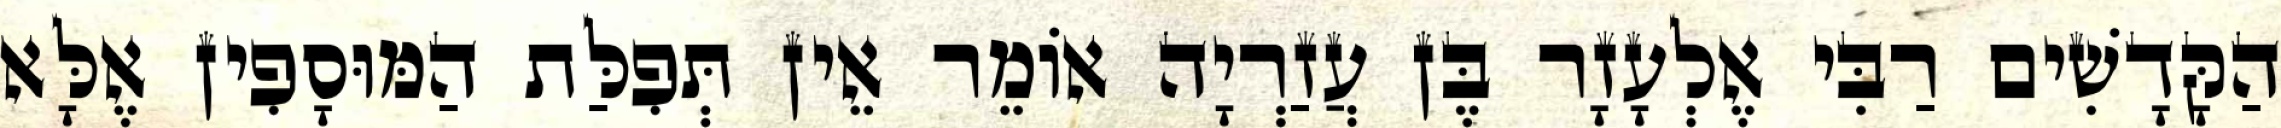
הַקָּדָשִׁים רַבִּי אֶלְעָזָר בֶּן עֲזַרְיָה אוֹמֵר אֵין תְּפִלַּת הַמּוּסָפִין אֶלָּא